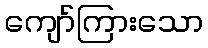
ကျော်ကြားသော